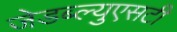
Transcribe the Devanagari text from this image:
जेडब्ल्युएसटी